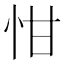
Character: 㤌